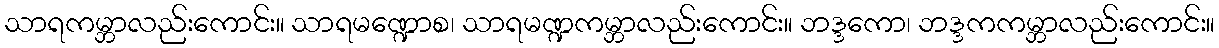
သာရကမ္ဘာလည်းကောင်း။ သာရမဏ္ဍောစ၊ သာရမဏ္ဍကမ္ဘာလည်းကောင်း။ ဘဒ္ဒကော၊ ဘဒ္ဒကကမ္ဘာလည်းကောင်း။